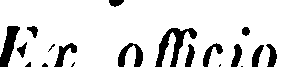
Ex officio